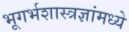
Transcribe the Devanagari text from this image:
भूगर्भशास्त्रज्ञांमध्ये